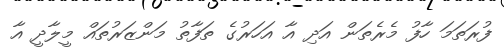
ފުރަތަމަ ހާފު މެރެތަން އަދި އާ އަހަރުގެ ތަފާތު މަންޒަރުތައް މީލާދީ އާ